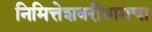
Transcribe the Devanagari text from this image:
निमित्तेशबरीधामचा